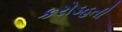
કરોડહતી